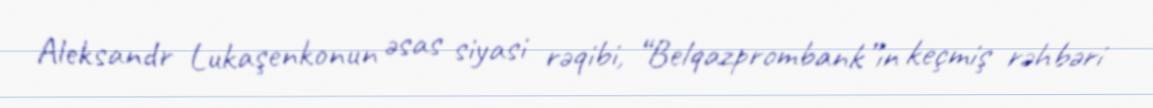
Aleksandr Lukaşenkonun əsas siyasi rəqibi, “Belqazprombank”ın keçmiş rəhbəri